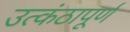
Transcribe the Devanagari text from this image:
उत्कंठापूर्ण